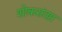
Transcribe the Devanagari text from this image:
शोकसंतप्त